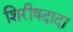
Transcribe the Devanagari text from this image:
शिरीषदादा